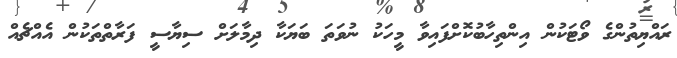
ރައްޔިތުންގެ ވޯޓަކުން އިންތިހާބުކޮށްފައިވާ މީހަކު ނުވަތަ ބަޔަކާ ދިމާލަށް ސިޔާސީ ފަރާތްތަކުން އެއްޗެއް